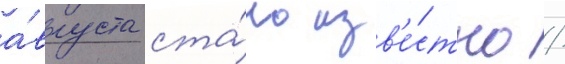
а́вгуста ста́ло изв'е́стно /